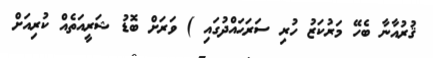
ޤުރުއާނާ ބެހޭ މަރުކަޒު ހުރި ސަރަޙައްދުގައި ) ވަރަށް ބޮޑު ޝަރީއަތެއް ކުރިއަށް